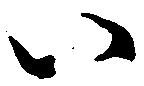
い